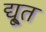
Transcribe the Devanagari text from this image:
द्यू्त